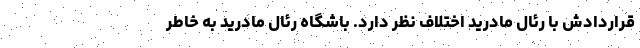
قراردادش با رئال مادرید اختلاف نظر دارد. باشگاه رئال مادرید به خاطر